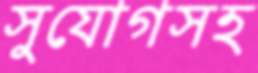
সুযোগসহ